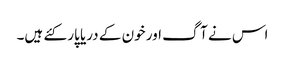
اس نے آگ اور خون کے دریا پار کئے ہیں۔